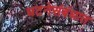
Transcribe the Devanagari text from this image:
घटनेसंबंधात